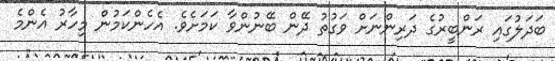
ބަދަލުގައި ރަންބީރުގެ ދަރިންނަށް ވަގުތު ދޭން ބޭނުންވާ ކަމަށެވެ. އެހެންކަމުން މިހާރު އެންމެ